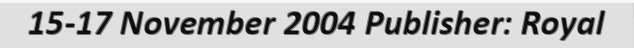
15-17 November 2004 Publisher: Royal